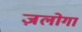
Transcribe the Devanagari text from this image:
ज़लोगा